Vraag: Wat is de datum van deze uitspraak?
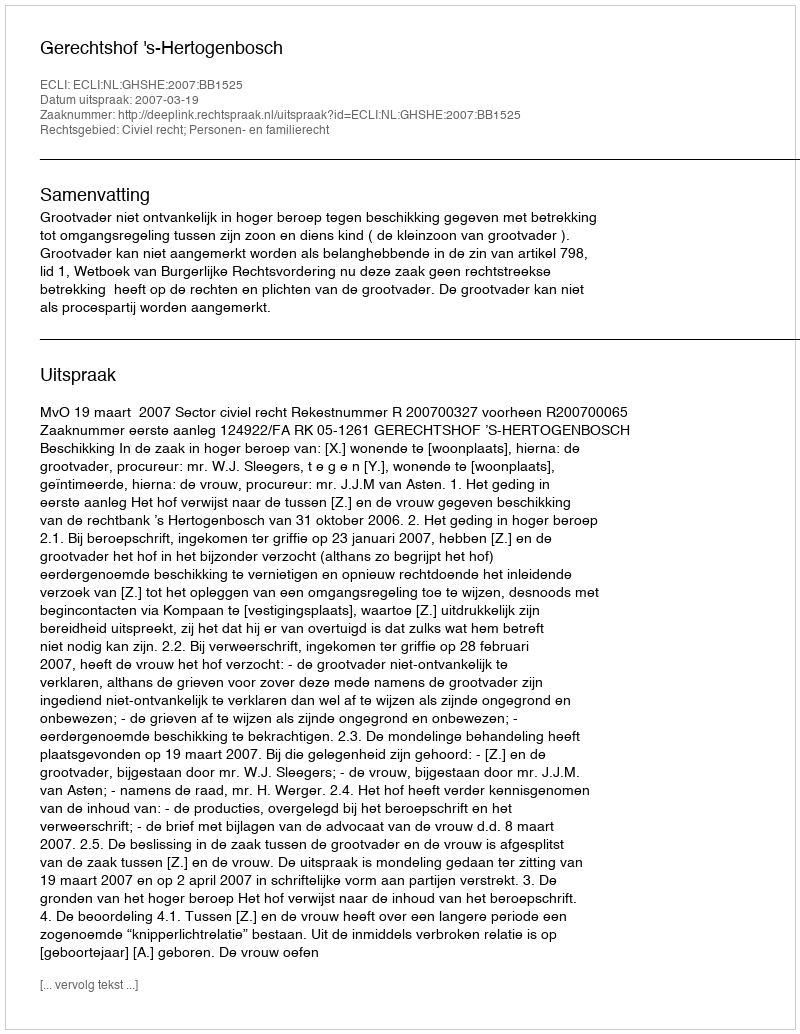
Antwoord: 2007-03-19